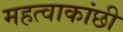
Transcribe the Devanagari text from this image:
महत्वाकांछी